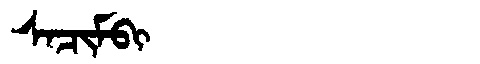
Manchu: ᠰᠠᠴᡳᠮᠪᡳ
Romanization: SACIMBI